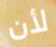
لأن